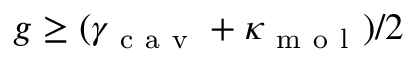
g \ge ( \gamma _ { \mathrm { ~ c ~ a ~ v ~ } } + \kappa _ { \mathrm { ~ m ~ o ~ l ~ } } ) / 2